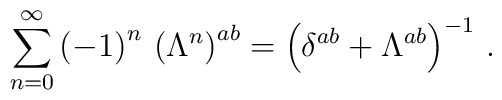
\sum_{n=0}^\infty\left(-1\right)^n\,\left(\Lambda^n\right)^{ab}=\left(\delta^{ab}+\Lambda^{ab}\right)^{-1}\,.